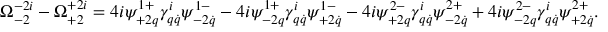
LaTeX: \Omega _ { - 2 } ^ { - 2 i } - \Omega _ { + 2 } ^ { + 2 i } = 4 i \psi _ { + 2 q } ^ { 1 + } \gamma _ { q \dot { q } } ^ { i } \psi _ { - 2 \dot { q } } ^ { 1 - } - 4 i \psi _ { - 2 q } ^ { 1 + } \gamma _ { q \dot { q } } ^ { i } \psi _ { + 2 \dot { q } } ^ { 1 - } - 4 i \psi _ { + 2 q } ^ { 2 - } \gamma _ { q \dot { q } } ^ { i } \psi _ { - 2 \dot { q } } ^ { 2 + } + 4 i \psi _ { - 2 q } ^ { 2 - } \gamma _ { q \dot { q } } ^ { i } \psi _ { + 2 \dot { q } } ^ { 2 + } .